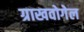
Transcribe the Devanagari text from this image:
ग्राखवोगेल